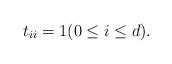
LaTeX: \begin{align*} t_{ii} = 1 (0 \leq i \leq d). \end{align*}